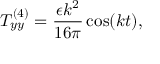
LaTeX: T _ { y y } ^ { ( 4 ) } = \frac { \epsilon k ^ { 2 } } { 1 6 \pi } \cos ( k t ) ,